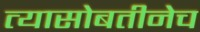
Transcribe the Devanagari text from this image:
त्यासोबतीनेच